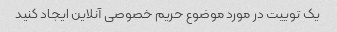
یک توییت در مورد موضوع حریم خصوصی آنلاین ایجاد کنید